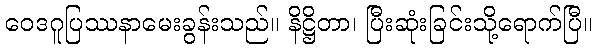
ဝေဒဂူပြဿနာမေးခွန်းသည်။ နိဋ္ဌိတာ၊ ပြီးဆုံးခြင်းသို့ရောက်ပြီ။